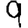
Digit: 9